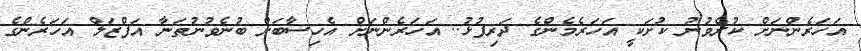
އަހަރެންނަށް ކުރެވުނު ކުށަކީ އަހަރެމެންގެ ދަރިފުޅު.. އަހަރެންނަށް އެހިސާބަށް ބުނެވުނުތަނާ އަފްޒަލް އަހަރެންގެ